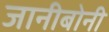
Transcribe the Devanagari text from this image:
जानीबोनी